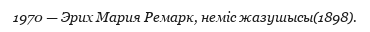
1970 — Эрих Мария Ремарк, неміс жазушысы(1898).